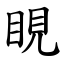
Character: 𪾢